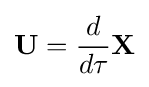
\mathbf {U} ={\frac {d}{d\tau }}\mathbf {X}